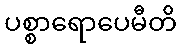
ပစ္စာရောပေမီတိ